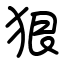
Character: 狠